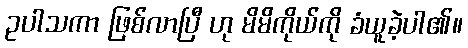
ဥပါသကာ ဖြစ်လာပြီ ဟု မိမိကိုယ်ကို ခံယူခဲ့ပါ၏။